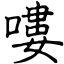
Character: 嘍